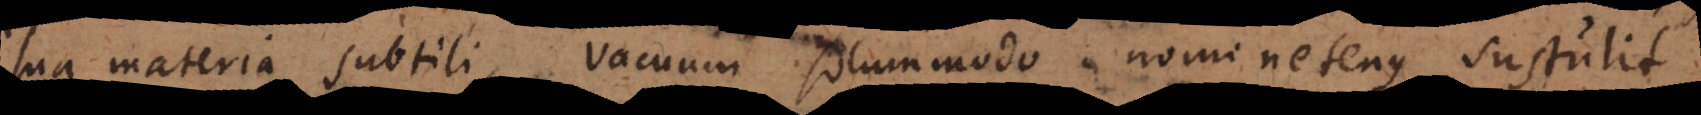
sua materia subtili, vacuum solummodo nominetenus sustulit